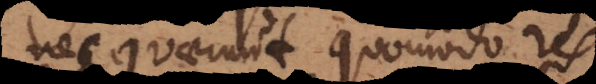
nec quaerunt quomodo res